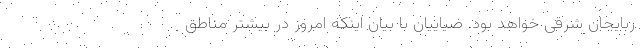
ربایجان شرقی خواهد بود. ضیاییان با بیان اینکه امروز در بیشتر مناطق